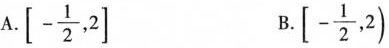
A.$$\left [- \frac{1}{2},2\right ]$$ B.$$\left [- \frac{1}{2},2\right )$$